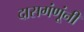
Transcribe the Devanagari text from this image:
दासगंणूंनी